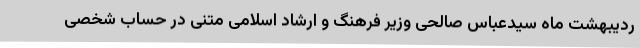
ردیبهشت ماه سیدعباس صالحی وزیر فرهنگ و ارشاد اسلامی متنی در حساب شخصی